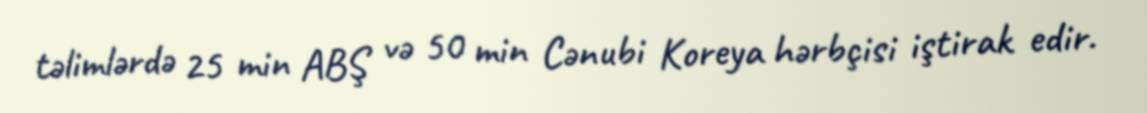
təlimlərdə 25 min ABŞ və 50 min Cənubi Koreya hərbçisi iştirak edir.